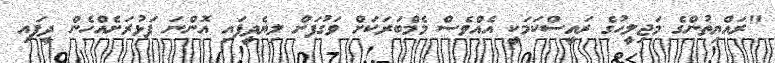
"ރައްޔިތުންގެ މަޖިލީހުގެ ރައީސްކަމަކީ އެއްވެސް މެމްބަރަކަށް ވަގުފަށް ލިޔެދީފައި އޮންނަ ފަޅުރަށެއްހެން ދީފައި